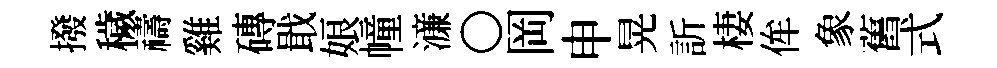
撥穢禱雞磚戢娘幢濓〇岡申晃訢棲侔象舊式